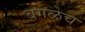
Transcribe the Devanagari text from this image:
बगळेच